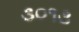
૩૦૧૩